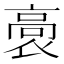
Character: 𮪸